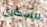
السكارى